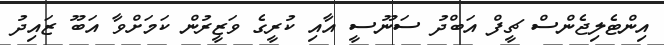
އިންޓެލިޖެންސް ޗީފް އަބްދު ސަނޫސީ އާއި ކުރީގެ ވަޒީރުން ކަމަށްވާ އަބޫ ޒައިދު